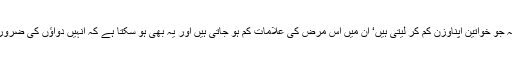
دیکھا گیا ہے کہ جو خواتین اپناوزن کم کر لیتی ہیں‘ ان میں اس مرض کی علامات کم ہو جاتی ہیں اور یہ بھی ہو سکتا ہے کہ انہیں دواﺅں کی ضرورت ہی نہ پڑے۔